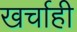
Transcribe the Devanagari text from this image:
खर्चाही